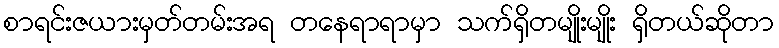
စာရင်းဇယားမှတ်တမ်းအရ တနေရာရာမှာ သက်ရှိတမျိုးမျိုး ရှိတယ်ဆိုတာ